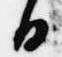
日